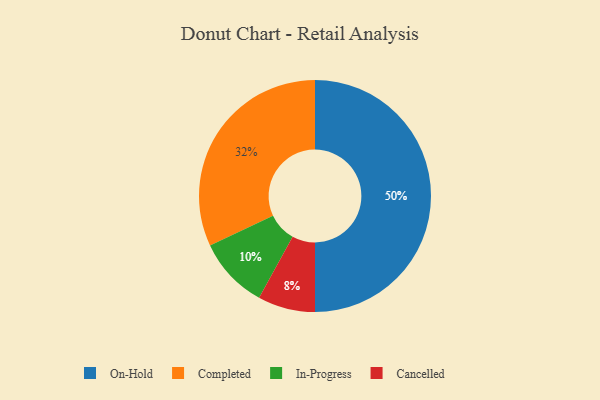
{"axis": {"x": "Category", "y": "Percentage"}, "legend": ["Cancelled", "Completed", "In-Progress", "On-Hold"], "data": [{"x": "In-Progress", "y": 10, "type": "In-Progress"}, {"x": "On-Hold", "y": 50, "type": "On-Hold"}, {"x": "Cancelled", "y": 8, "type": "Cancelled"}, {"x": "Completed", "y": 32, "type": "Completed"}]}